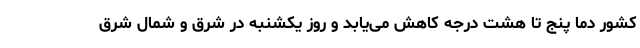
کشور دما پنج تا هشت درجه کاهش می‌یابد و روز یکشنبه در شرق و شمال شرق